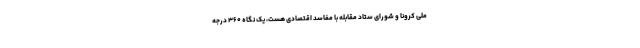
ملی کرونا و شورای ستاد مقابله با مفاسد اقتصادی هست، یک نگاه ۳۶۰ درجه